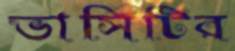
ভার্সিটির